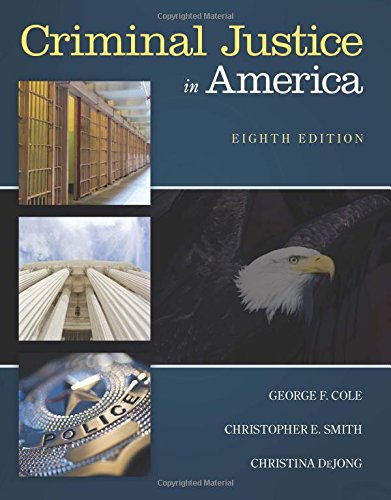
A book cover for Criminal Justice in America (Newest Edition); George F. Cole; Politics & Social Sciences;